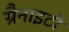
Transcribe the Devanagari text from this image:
ग्रैनाइटों